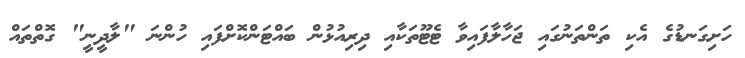
ހަށިގަނޑުގެ އެކި ތަންތަނުގައި ޖަހާލާފައިވާ ޓެޓޫތަކާއި ދިރިއުޅުން ބައްޓަންކޮށްފައި ހުންނަ "ލާދީނީ" ގޮތްތައް